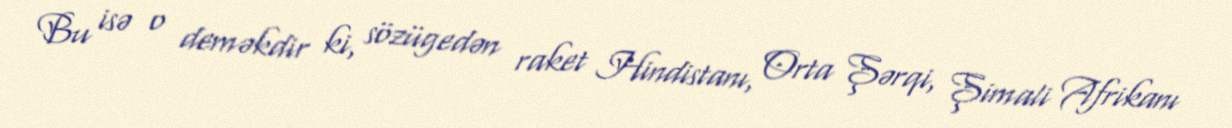
Bu isə o deməkdir ki, sözügedən raket Hindistanı, Orta Şərqi, Şimali Afrikanı